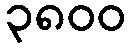
၃၈၀၀